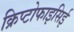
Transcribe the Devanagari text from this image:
क्रिप्टोफाइसिई